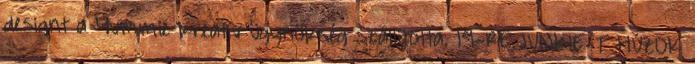
designt a Yummie kreatív ügynökség szállította. 19-RE JUNKIE-T HÚZOK